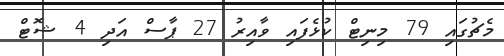
މެޗުގައި 79 މިނިޓް ކުޅެފައި ވާއިރު 27 ޕާސް އަދި 4 ޝޮޓް